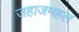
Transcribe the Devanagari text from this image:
जहाजमहल